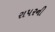
રાપરની